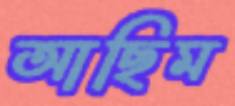
আছিম